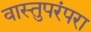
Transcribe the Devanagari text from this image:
वास्तुपरंपरा